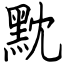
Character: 黕